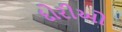
દોરીઓ